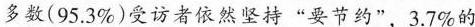
多数(95.3\%)受访者依然坚持”要节约”，3.7\%的